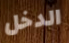
الدخل